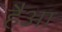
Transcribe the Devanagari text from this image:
हैआ